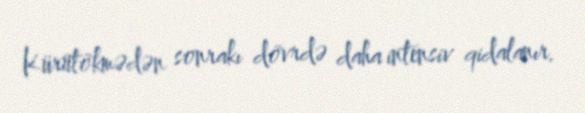
Kürütökmədən sonrakı dövrdə daha intensiv qidalanır.